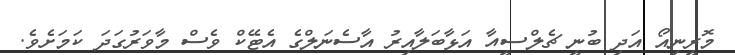
މޮރީނިއޯ އަދި ބުނީ ޗެލްސީއާ އަޅާބަލާއިރު އާސެނަލްގެ އެޓޭކް ވެސް މާވަރުގަދަ ކަމަށެވެ.